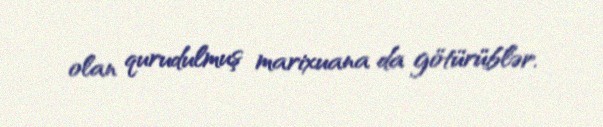
olan qurudulmuş marixuana da götürüblər.